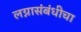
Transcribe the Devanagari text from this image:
लग्नासंबंधीचा